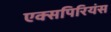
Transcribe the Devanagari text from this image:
एक्सपिरियंस